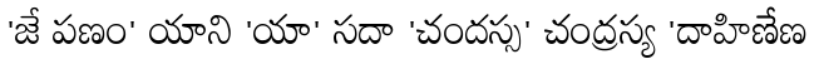
'జే పణం' యాని 'యా' సదా 'చందస్స' చంద్రస్య 'దాహిణేణ